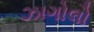
ઝાગોલો